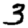
Digit: 3